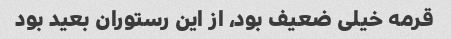
قرمه خیلی ضعیف بود، از این رستوران بعید بود